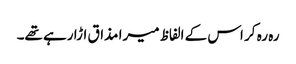
رہ رہ کر اس کے الفاظ میرا مذاق اڑا رہے تھے۔